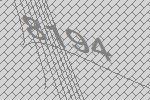
8194